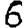
Digit: 6